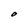
Character: O